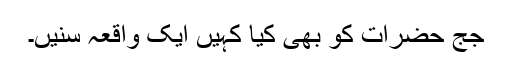
جج حضرات کو بھی کیا کہیں ایک واقعہ سنیں۔